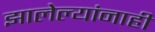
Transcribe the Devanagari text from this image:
झालेल्यांनाही